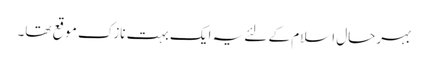
بہرحال اسلام کے لئے یہ ایک بہت نازک موقع تھا۔